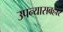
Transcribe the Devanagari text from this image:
उपन्यासबहार